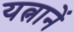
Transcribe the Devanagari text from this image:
यत्नानें